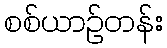
စစ်ယာဉ်တန်း